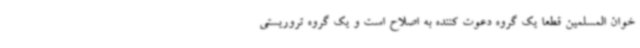
خوان المسلمین قطعا یک گروه دعوت کننده به اصلاح است و یک گروه تروریستی